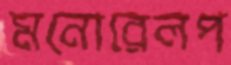
মনোরেলপ